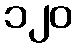
၁၂၀